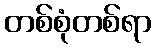
တစ်စုံတစ်ရာ